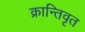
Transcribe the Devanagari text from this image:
क्रान्तिवृत